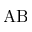
\mathrm { A B }